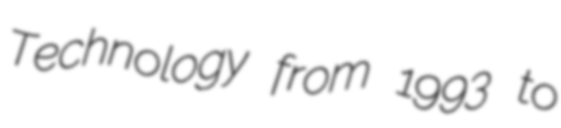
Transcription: Technology from 1993 to